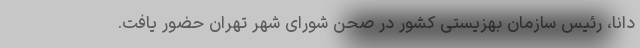
‌دانا، رئیس سازمان بهزیستی کشور در صحن شورای شهر تهران حضور یافت.